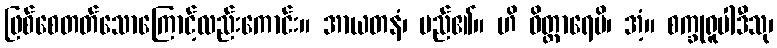
ဖြစ်စေတတ်သောကြောင့်လည်းကောင်း။ အာယတနံ၊ မည်၏။ ဟိ ဝိတ္တာရေမိ၊ အံ့။ စက္ခုရူပါဒီသု၊